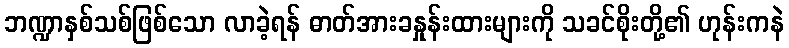
ဘဏ္ဍာနှစ်သစ်ဖြစ်သော လာခဲ့ရန် ဓာတ်အားခနှုန်းထားများကို သခင်စိုးတို့၏ ဟုန်းကနဲ